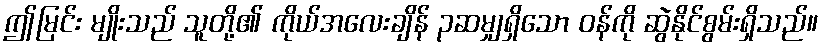
ဤမြင်း မျိုးသည် သူတို့၏ ကိုယ်အလေးချိန် ၃ဆမျှရှိသော ဝန်ကို ဆွဲနိုင်စွမ်းရှိသည်။